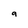
Character: a